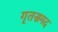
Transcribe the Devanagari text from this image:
गृतसमद